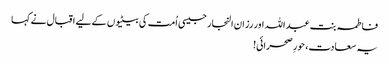
فاطمہ بنت عبد اللہ اور رزان النجار جیسی اُمت کی بیٹیوں کے لیے اقبال نے کہا
یہ سعادت، حورِ صحرائی!